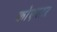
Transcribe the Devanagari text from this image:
कोएस्टर